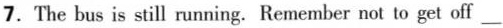
7. The bus is still running. Remember not to get off___